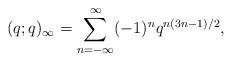
LaTeX: \begin{align*}(q;q)_\infty=\sum_{n=-\infty}^{\infty} (-1)^nq^{n(3n-1)/2},\end{align*}